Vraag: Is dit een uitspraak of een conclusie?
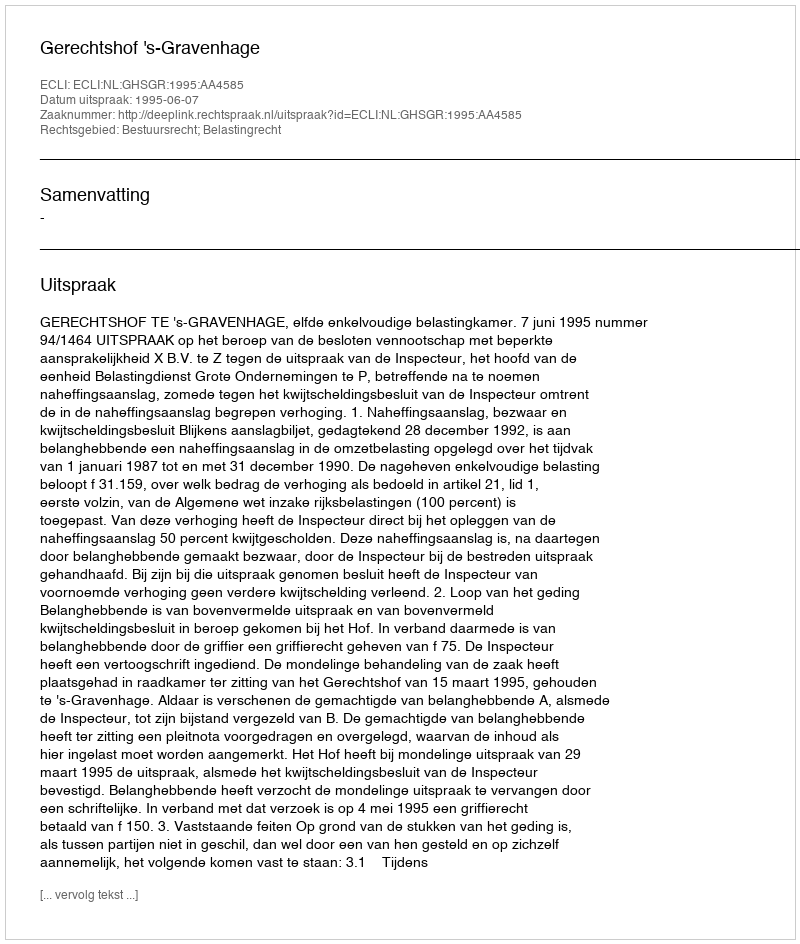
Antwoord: Uitspraak